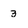
Character: 3